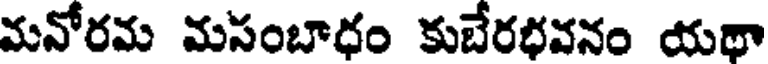
మనోరమ మసంబాధం కుబేరభవనం యథా